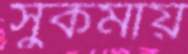
সুকমায়